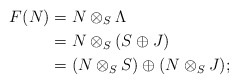
\begin{align*}F(N) &= N\otimes_S \Lambda\\ &= N \otimes_S (S\oplus J)\\ &= (N \otimes_S S) \oplus (N \otimes_S J);\end{align*}